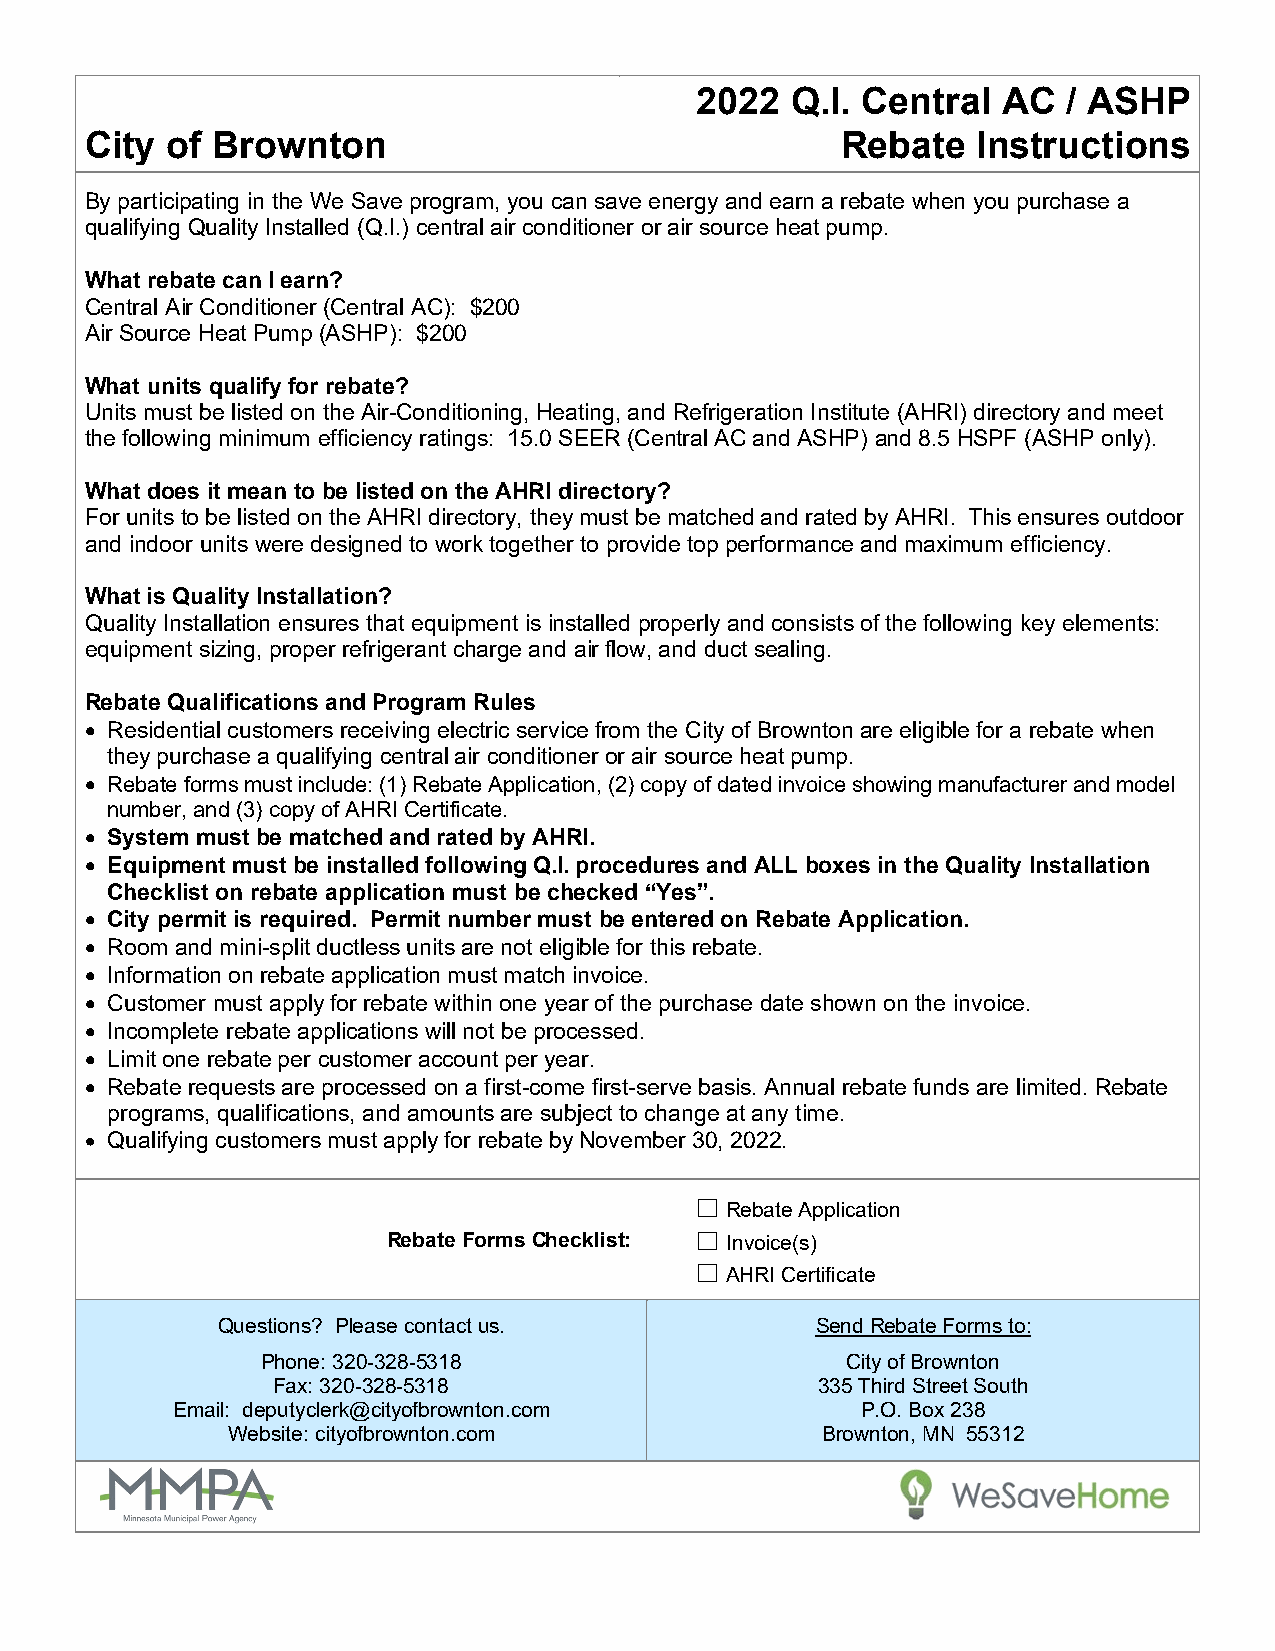
2022  Q.I. Central  AC   / ASHP
 City of Brownton                                  Rebate   Instructions
 By participating in the We Save program, you can save energy and earn a rebate when you purchase a
 qualifying Quality Installed (Q.I.) central air conditioner or air source heat pump.
 What rebate can I earn?
 Central Air Conditioner (Central AC): $200
 Air Source Heat Pump (ASHP): $200
 What units qualify for rebate?
 Units must be listed on the Air-Conditioning, Heating, and Refrigeration Institute (AHRI) directory and meet
 the following minimum efficiency ratings: 15.0 SEER (Central AC and ASHP) and 8.5 HSPF (ASHP only).
 What does it mean to be listed on the AHRI directory?
 For units to be listed on the AHRI directory, they must be matched and rated by AHRI. This ensures outdoor
 and indoor units were designed to work together to provide top performance and maximum efficiency.
 What is Quality Installation?
 Quality Installation ensures that equipment is installed properly and consists of the following key elements:
 equipment sizing, proper refrigerant charge and air flow, and duct sealing.
 Rebate Qualifications and Program Rules
 • Residential customers receiving electric service from the City of Brownton are eligible for a rebate when
 they purchase a qualifying central air conditioner or air source heat pump.
 • Rebate forms must include: (1) Rebate Application, (2) copy of dated invoice showing manufacturer and model
 number, and (3) copy of AHRI Certificate.
 • System must be matched and rated by AHRI.
 • Equipment must be installed following Q.I. procedures and ALL boxes in the Quality Installation
 Checklist on rebate application must be checked “Yes”.
 • City permit is required. Permit number must be entered on Rebate Application.
 • Room and mini-split ductless units are not eligible for this rebate.
 • Information on rebate application must match invoice.
 • Customer must apply for rebate within one year of the purchase date shown on the invoice.
 • Incomplete rebate applications will not be processed.
 • Limit one rebate per customer account per year.
 • Rebate requests are processed on a first-come first-serve basis. Annual rebate funds are limited. Rebate
 programs, qualifications, and amounts are subject to change at any time.
 • Qualifying customers must apply for rebate by November 30, 2022.
 ☐
 Rebate Application
 Rebate Forms Checklist: ☐ Invoice(s)
 ☐
 AHRI Certificate
 Questions? Please contact us.           Send Rebate Forms to:
 Phone: 320-328-5318                    City of Brownton
 Fax: 320-328-5318                   335 Third Street South
 Email: deputyclerk@cityofbrownton.com         P.O. Box 238
 Website: cityofbrownton.com            Brownton, MN 55312